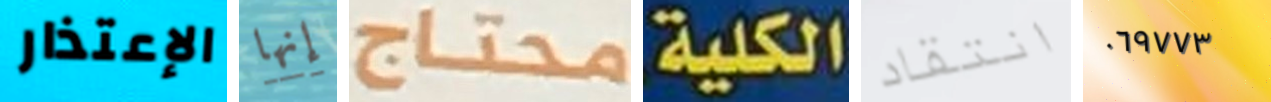
الإعتذار إنها محتاج الكلية انتقاد ٠٦٩٧٧٣